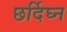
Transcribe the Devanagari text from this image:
छर्दिघ्न